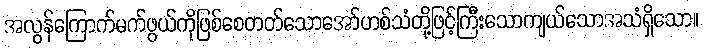
အလွန်ကြောက်မက်ဖွယ်ကိုဖြစ်စေတတ်သောအော်ဟစ်သံတို့ဖြင့်ကြီးသောကျယ်သောအသံရှိသော။